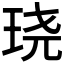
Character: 𮴗